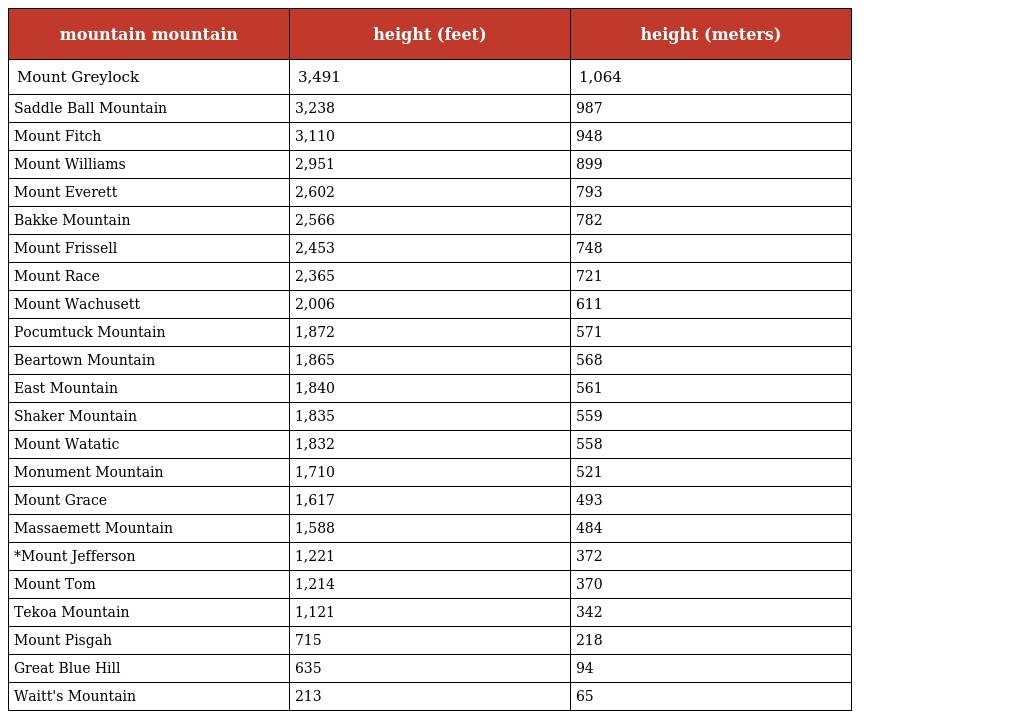
| mountain mountain | height (feet) | height (meters) |
 | --- | --- | --- |
 | Mount Greylock | 3,491 | 1,064 |
 | Saddle Ball Mountain | 3,238 | 987 |
 | Mount Fitch | 3,110 | 948 |
 | Mount Williams | 2,951 | 899 |
 | Mount Everett | 2,602 | 793 |
 | Bakke Mountain | 2,566 | 782 |
 | Mount Frissell | 2,453 | 748 |
 | Mount Race | 2,365 | 721 |
 | Mount Wachusett | 2,006 | 611 |
 | Pocumtuck Mountain | 1,872 | 571 |
 | Beartown Mountain | 1,865 | 568 |
 | East Mountain | 1,840 | 561 |
 | Shaker Mountain | 1,835 | 559 |
 | Mount Watatic | 1,832 | 558 |
 | Monument Mountain | 1,710 | 521 |
 | Mount Grace | 1,617 | 493 |
 | Massaemett Mountain | 1,588 | 484 |
 | *Mount Jefferson | 1,221 | 372 |
 | Mount Tom | 1,214 | 370 |
 | Tekoa Mountain | 1,121 | 342 |
 | Mount Pisgah | 715 | 218 |
 | Great Blue Hill | 635 | 94 |
 | Waitt's Mountain | 213 | 65 |